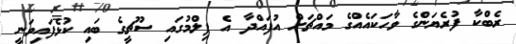
ރެބްކާ ފުރެޔަންގެ ވާހަކައެއްގެ މައްޗަށް އުފައްދާ އެ ފިލްމުގައި ސޫޗީގެ ބައި ކުޅެފައިވަނީ